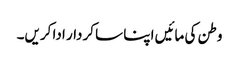
وطن کی مائیں اپنا سا کردار ادا کریں۔